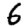
Digit: 6